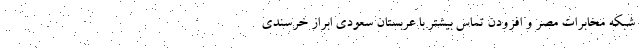
شبکه مخابرات مصر و افزودن تماس بیشتر با عربستان سعودی ابراز خرسندی